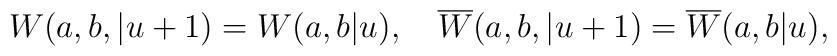
W(a,b,|u+1)=W(a,b|u),\quad \overline{W}(a,b,|u+1)=\overline{W}(a,b|u),